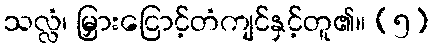
သလ္လံ၊ မြှားငြောင့်တံကျင်နှင့်တူ၏။ (၅)